Civil Veterinary Department Bengal reports 1923-33 - 1923-1933
Year: 1923
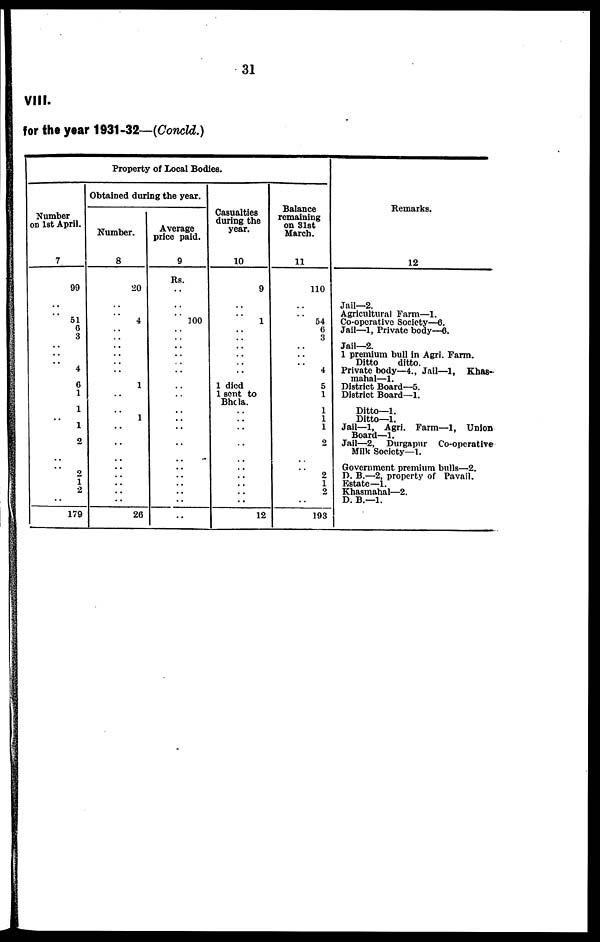
31
VIII.
for the year 1931-32—(Concld.)
Property of Local Bodies.
Number
on 1st April.
7
99
..
..
51
6 3
..
..
..
4
6
1
1
..
1
2
..
..
2
1
2
..
179
Obtained during the year.
Number.
8
20
..
..
4
..
..
..
..
..
..
1
..
..
1
..
..
..
.. ..
..
..
..
26
Average
price paid.
9
Rs.
..
..
..
100
..
..
..
..
..
..
..
..
..
..
..
..
..
.. ..
..
..
..
..
Casualties
during the
year.
10
9
..
..
1
..
..
..
..
..
..
1 died
1 sent to
Bhola.
..
..
..
..
..
.. ..
..
..
..
12
Balance
remaining
on 31st
March.
11
110
..
..
54
6
3
..
..
..
4
5
1
1
1
1
.. 2
..
..
2
1
2
..
193
Remarks.
12
Jail—2.
Agricultural Farm—1.
Co-operative Society—6.
Jail—1, Private body—6.
Jail—2.
1 premium bull in Agri. Farm.
Ditto
ditto.
Private body—4., Jail—1, Khas-
mahal—1.
District Board—5.
District Board—1.
Ditto—1.
Ditto—1.
Jail—1, Agri. Farm—1, Union
Board—1.
Jail—2, Durgapur Co-operative
Milk Society—1.
Government premium bulls—2.
D. B.—2, property of Pavail.
Estate—1.
Khasmahal—2.
D. B.—1.